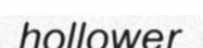
hollower